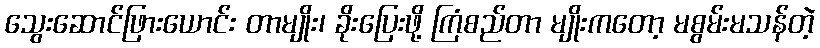
သွေးဆောင်ဖြားယောင်း တာမျိုး၊ ခိုးပြေးဖို့ ကြံစည်တာ မျိုးကတော့ မစွမ်းမသန်တဲ့